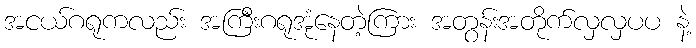
အငယ်ဂရုကလည်း အကြီးဂရုအုံနေတဲ့ကြား အတွန်းအတိုက်လှလှပပ နဲ့